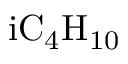
\mathrm { i C _ { 4 } H _ { 1 0 } }